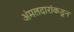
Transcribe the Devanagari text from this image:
अंमलदारांकडून